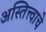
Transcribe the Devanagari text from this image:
अस्तित्त्वाचे